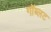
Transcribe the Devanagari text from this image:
गॉब्लट